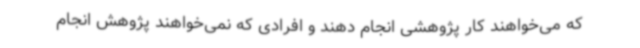
که می‌خواهند کار پژوهشی انجام دهند و افرادی که نمی‌خواهند پژوهش انجام